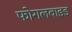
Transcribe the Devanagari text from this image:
फोगलवाइड